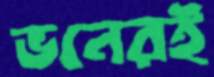
ভনেরই